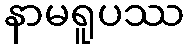
နာမရူပဿ